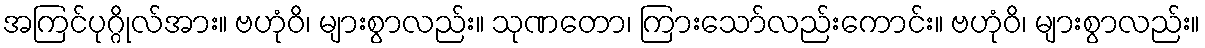
အကြင်ပုဂ္ဂိုလ်အား။ ဗဟုံဝိ၊ များစွာလည်း။ သုဏတော၊ ကြားသော်လည်းကောင်း။ ဗဟုံဝိ၊ များစွာလည်း။